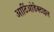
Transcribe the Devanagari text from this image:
आर्टिओडैक्टाइल